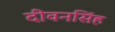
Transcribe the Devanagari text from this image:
दीवनसिंह